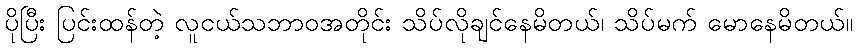
ပိုပြီး ပြင်းထန်တဲ့ လူငယ်သဘာဝအတိုင်း သိပ်လိုချင်နေမိတယ်၊ သိပ်မက် မောနေမိတယ်။